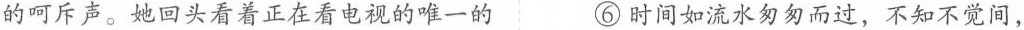
的呵斥声。她回头看着正在看电视的唯一的 ⑥时间如流水匆匆而过，不知不觉间，